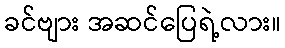
ခင်ဗျား အဆင်ပြေရဲ့လား။